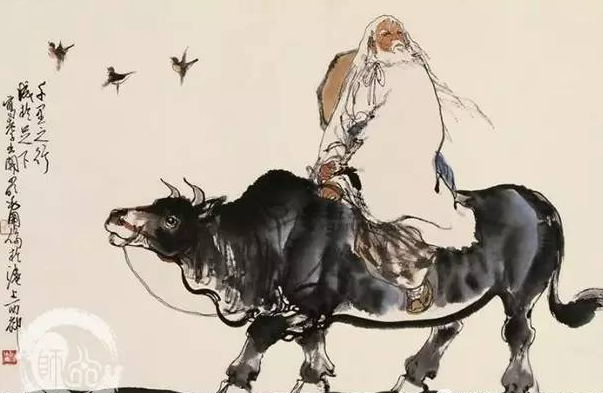
夫爱人者，人必从而爱之利人者，人必从而利之恶人者，人必从而恶之害人者，人必从而害之。